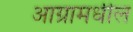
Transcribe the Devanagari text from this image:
आग्रामधील